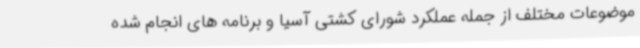
موضوعات مختلف از جمله عملکرد شورای کشتی آسیا و برنامه های انجام شده